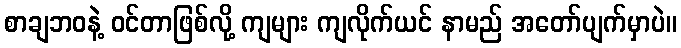
စာချဘဝနဲ့ ဝင်တာဖြစ်လို့ ကျများ ကျလိုက်ယင် နာမည် အတော်ပျက်မှာပဲ။